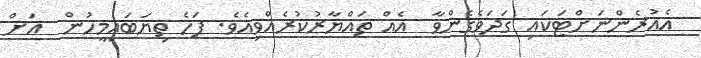
އެއުރެންނަށްޓަކައި ގަދަވެގެންވާ  އެއް ތައްޔާރުކުރެއްވިއެވެ. ފަހެ ތިޔަބައިމީހުން  އަށް